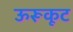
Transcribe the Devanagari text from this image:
ऊरूकूट